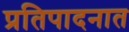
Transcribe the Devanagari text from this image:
प्रतिपादनात